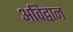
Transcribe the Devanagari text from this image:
अविद्वान